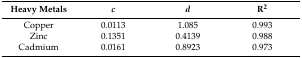
| Heavy Metals | c | d | R2 |
 | --- | --- | --- | --- |
 | Copper | 0.0113 | 1.085 | 0.993 |
 | Zinc | 0.1351 | 0.4139 | 0.988 |
 | Cadmium | 0.0161 | 0.8923 | 0.973 |